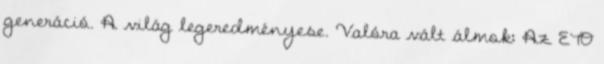
generáció. A világ legeredményese. Valóra vált álmok: Az ETO